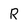
Character: R